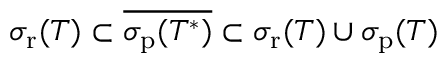
\sigma _ { \mathrm { r } } ( T ) \subset { \overline { { \sigma _ { \mathrm { p } } ( T ^ { * } ) } } } \subset \sigma _ { \mathrm { r } } ( T ) \cup \sigma _ { \mathrm { p } } ( T )